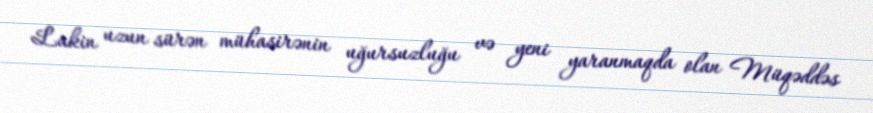
Lakin uzun sürən mühasirənin uğursuzluğu və yeni yaranmaqda olan Müqəddəs